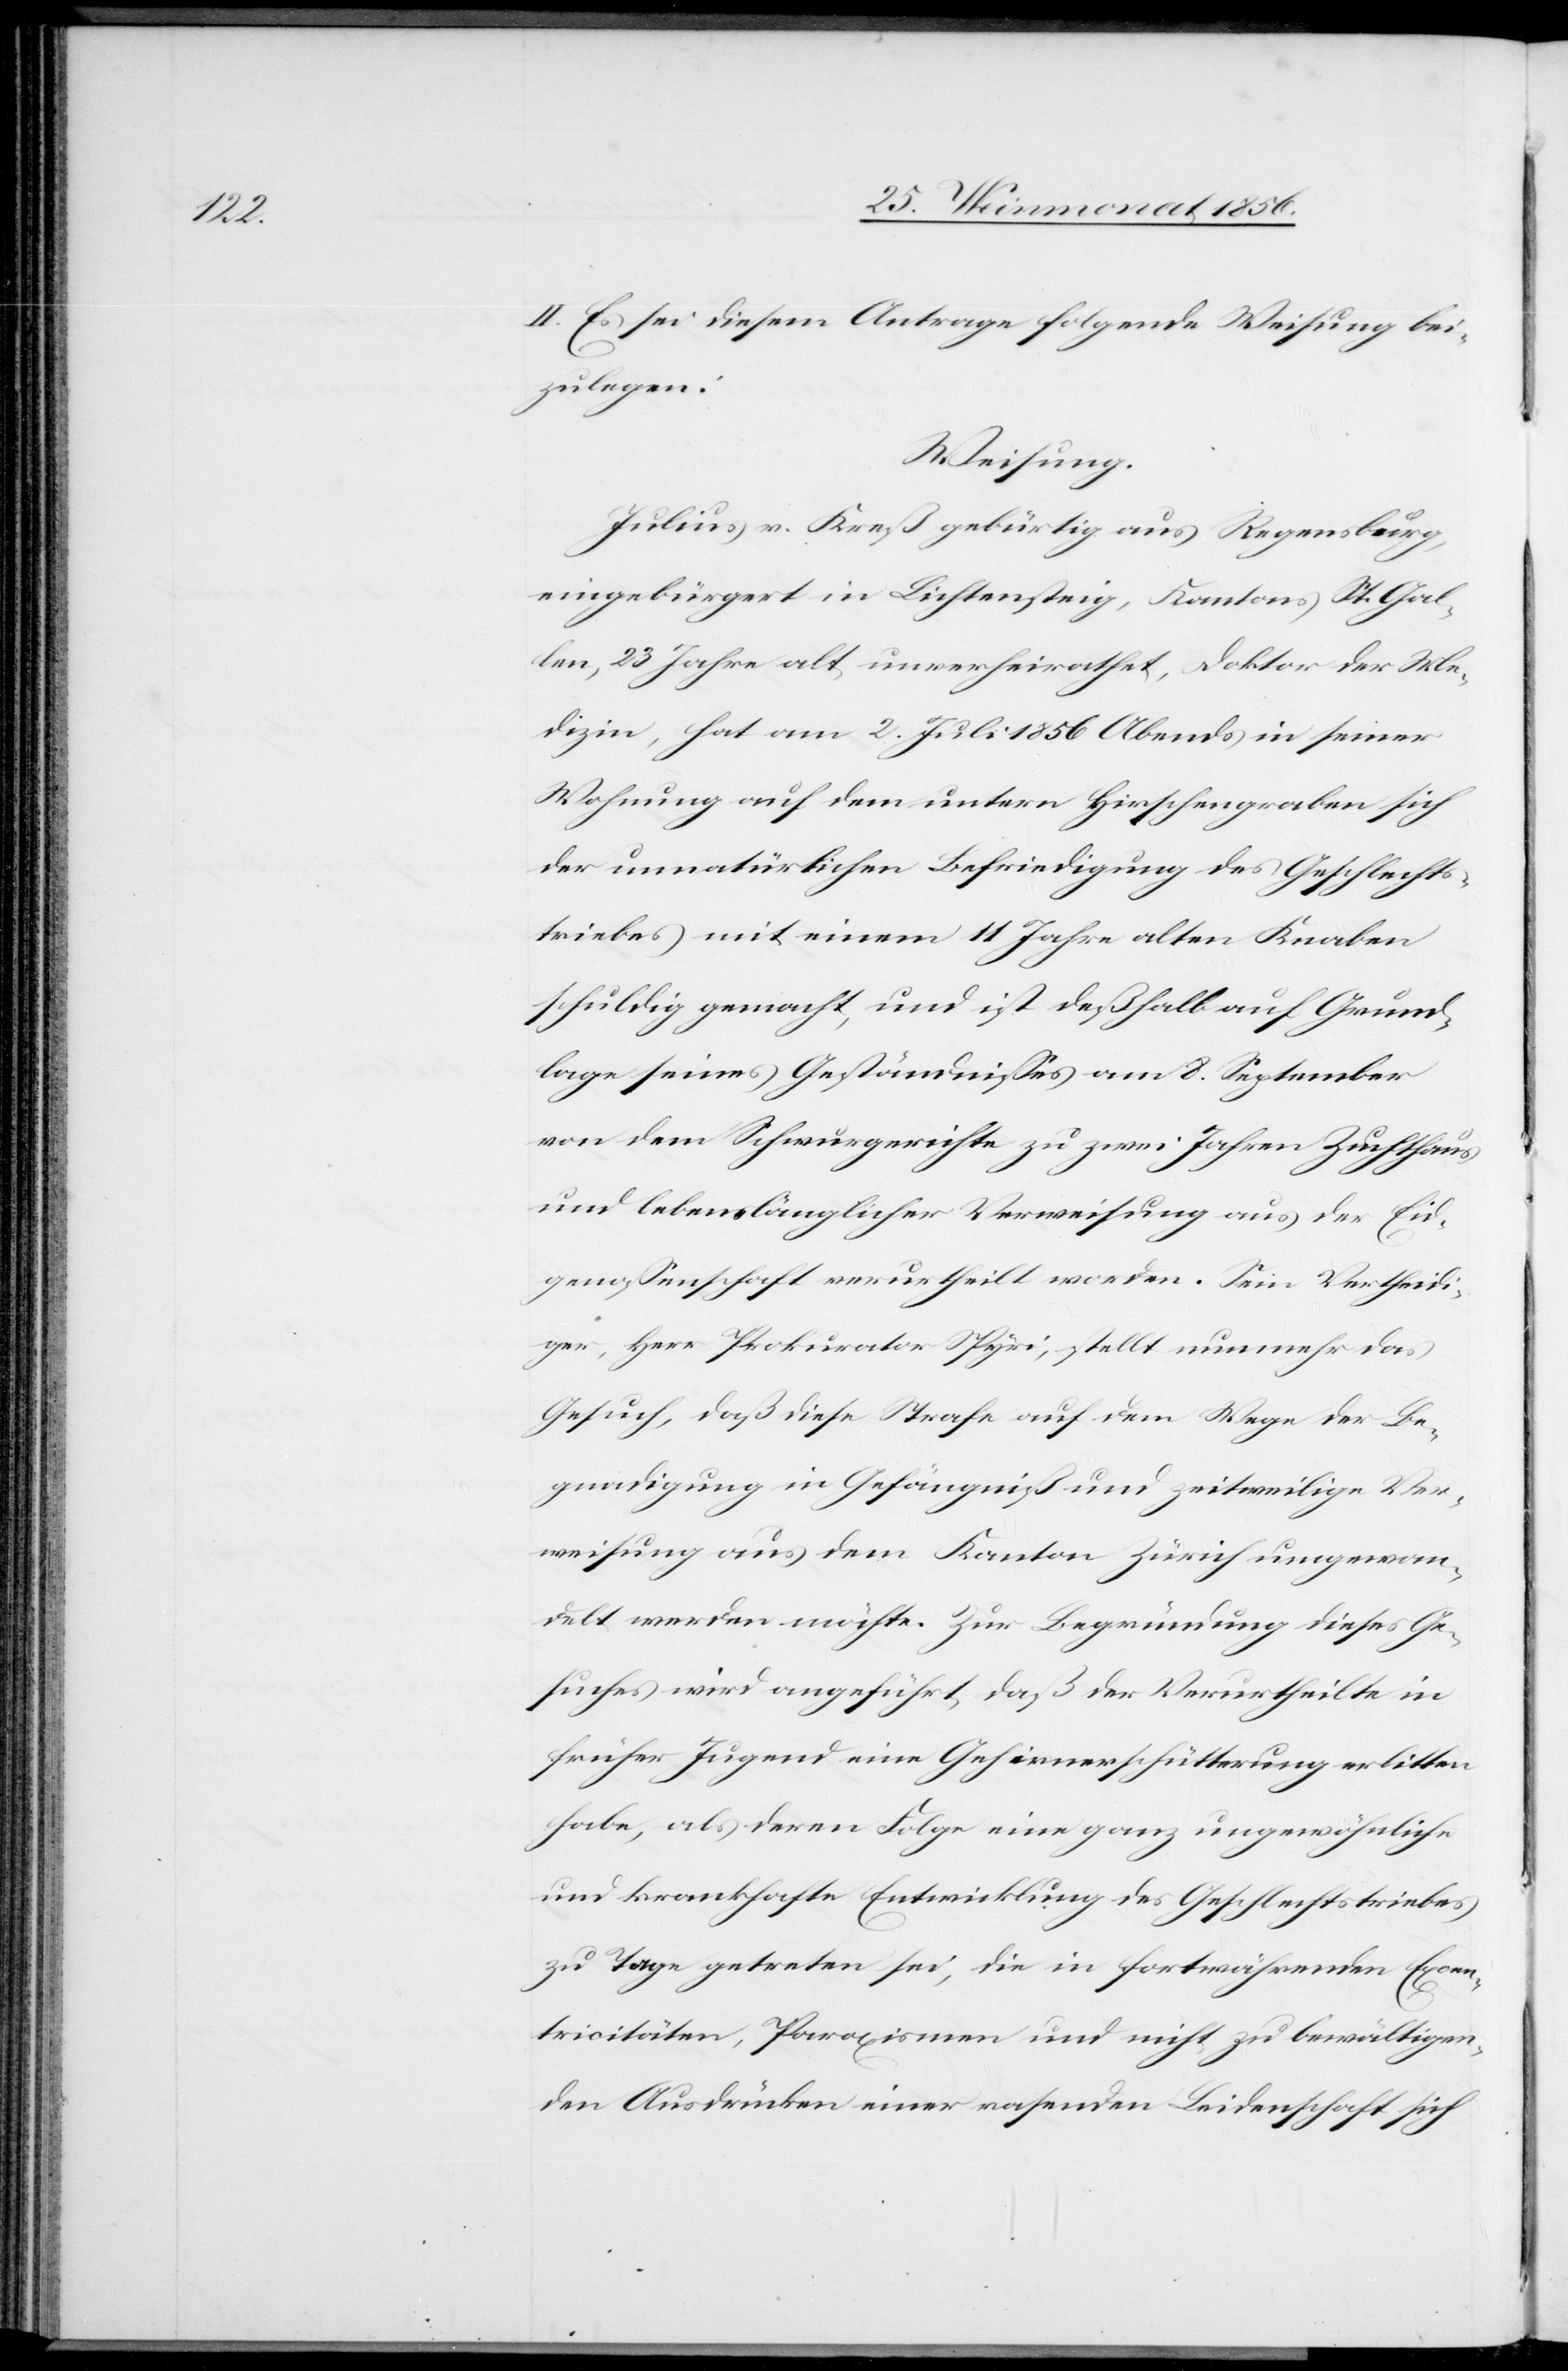
II. Es sei diesem Antrage folgende Weisung bei¬
zulegen:
Weisung.
Julius v. Kreß gebürtig aus Regensberg,
eingebürgert in Lichtensteig, Kantons St. Gal¬
len, 23 Jahre alt, unverheirathet, Doktor der Me¬
dizin, hat am 2. Juli 1856 Abends in seiner
Wohnung auf dem untern Hirschengraben sich
der unnatürlichen Befriedigung des Geschlechts¬
triebes mit einem 11 Jahre alten Knaben
schuldig gemacht, und ist deßhalb auf Grund¬
lage seines Geständnisses am 8. September
von dem Schwurgerichte zu zwei Jahren Zuchthaus
und lebenslänglicher Verweisung aus der Eid¬
genossenschaft verurtheilt worden. Sein Vertheidi¬
ger, Herr Prokurator Spyri, stellt nunmehr das
Gesuch, daß diese Strafe auf dem Wege der Be¬
gnadigung in Gefängniß und zeitweilige Ver¬
weisung aus dem Kanton Zürich umgewan¬
delt werden möchte. Zur Begründung dieses Ge¬
suches wird angeführt, daß der Verurtheilte in
früher Jugend eine Gehirnerschütterung erlitten
habe, als deren Folge eine ganz ungewöhnliche
und krankhafte Entwicklung des Geschlechtstriebes
zu Tage getreten sei, die in fortwährenden Excen¬
tricitäten, Paroxismen und nicht zu bewältigen¬
den Ausdrücken einer rasenden Leidenschaft sich